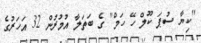
''ކިޔާ ސުޕަ ކޫލް ހޭ ހަމް'' ގެ ބަތަލާ އުމުރުން 32 އަހަރުގެ